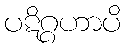
ပဋိဂ္ဂဟာပိ